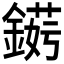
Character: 𲇘